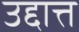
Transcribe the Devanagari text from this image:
उद्दात्त